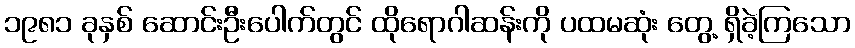
၁၉၈၁ ခုနှစ် ဆောင်းဦးပေါက်တွင် ထိုရောဂါဆန်းကို ပထမဆုံး တွေ့ ရှိခဲ့ကြသော